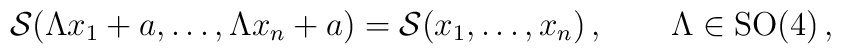
{\cal S}(\Lambda x_1+a,\dots,\Lambda x_n+a) ={\cal S}(x_1,\dots,x_n)\,, \qquad  \Lambda \in \mbox{SO}(4)\,,